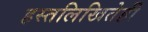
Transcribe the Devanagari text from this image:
हस्तलिखितेही